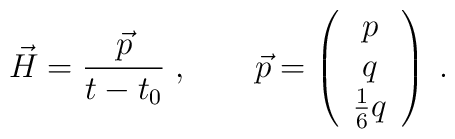
\vec{H}=\frac{\vec{p}}{t-t_0}\; ,\qquad   \vec{p}= \left(                \begin{array}{c}                p \\                q \\                \frac{1}{6}q \\                \end{array}                \right)\; .